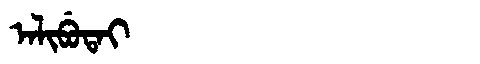
Manchu: ᠠᠯᡳᠪᡠᡨᠠᡳ
Romanization: ALIBUTAI